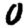
Digit: 0